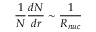
{ \frac { 1 } { N } } { \frac { d N } { d r } } \sim { \frac { 1 } { R _ { n u c } } }